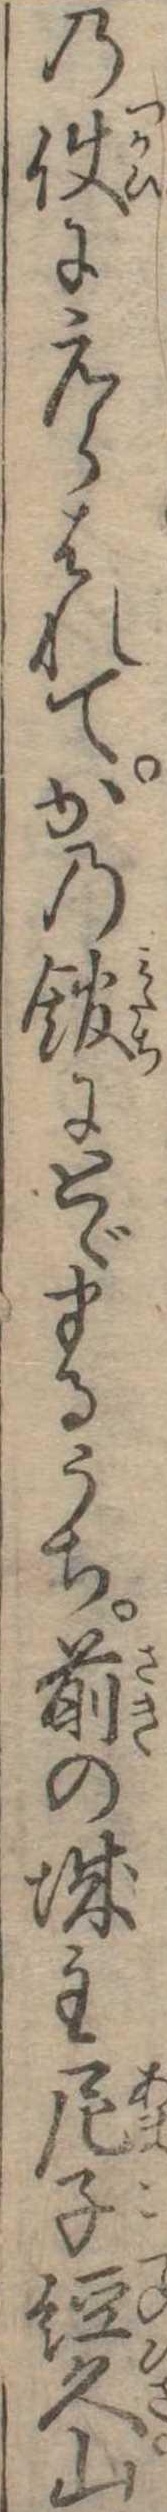
の使にえらばれてかの館にとゞまるうち前の城主尼子経久山